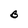
Character: B